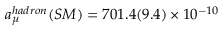
a _ { \mu } ^ { h a d r o n } ( S M ) = 7 0 1 . 4 ( 9 . 4 ) \times 1 0 ^ { - 1 0 }